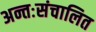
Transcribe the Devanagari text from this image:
अन्तःसंचालित